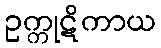
ဥက္ကုဋိကာယ